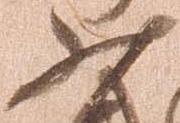
少